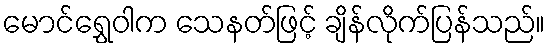
မောင်ရွှေဝါက သေနတ်ဖြင့် ချိန်လိုက်ပြန်သည်။